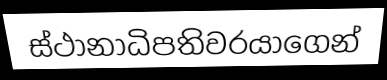
ස්ථානාධිපතිවරයාගෙන්